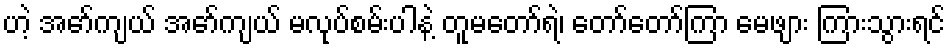
ဟဲ့ အော်ကျယ် အော်ကျယ် မလုပ်စမ်းပါနဲ့ တူမတော်ရဲ၊ တော်တော်ကြာ မေဖျား ကြားသွားရင်